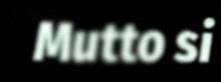
Mutto si